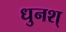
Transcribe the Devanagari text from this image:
धुनश्